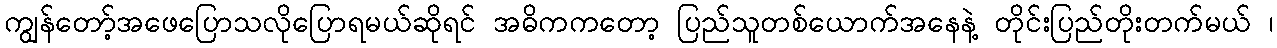
ကျွန်တော့်အဖေပြောသလိုပြောရမယ်ဆိုရင် အဓိကကတော့ ပြည်သူတစ်ယောက်အနေနဲ့ တိုင်းပြည်တိုးတက်မယ် ၊